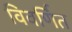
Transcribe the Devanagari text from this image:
विवर्णित